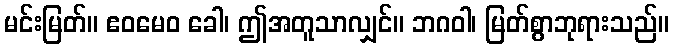
မင်းမြတ်။ ဧဝမေဝ ခေါ၊ ဤအတူသာလျှင်။ ဘဂဝါ၊ မြတ်စွာဘုရားသည်။